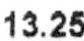
13.25